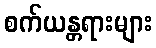
စက်ယန္တရားများ